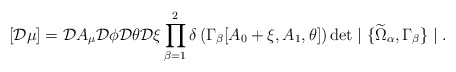
\begin{align*}[{\cal D} \mu] = {\cal D} A_\mu {\cal D} \phi {\cal D} \theta {\cal D} \xi \prod^2_{\beta = 1} \delta\left(\Gamma_{\beta}[A_0 + \xi, A_1, \theta]\right) \det \mid \{\widetilde{\Omega}_{\alpha}, \Gamma_{\beta}\} \mid.\end{align*}